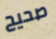
صحيح